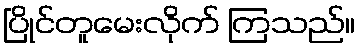
ပြိုင်တူမေးလိုက် ကြသည်။